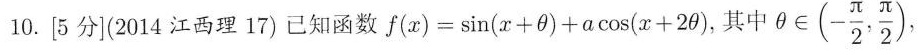
10.[5分](2014江西理17)已知函数$$f ( x ) = \sin ( x + \theta ) + \alpha \cos ( x + 2 \theta )$$，其中\theta \in (- \frac{π}{2}, \frac{π}{2})，